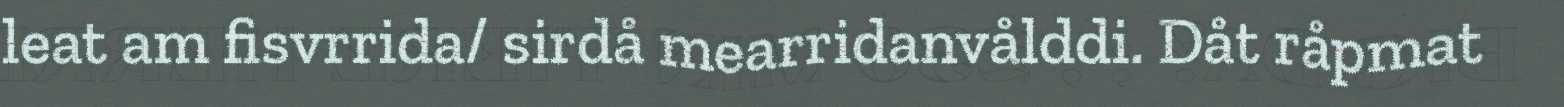
leat am fisvrrida/ sirdå mearridanvålddi. Dåt råpmat